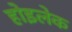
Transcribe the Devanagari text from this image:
होइलेक